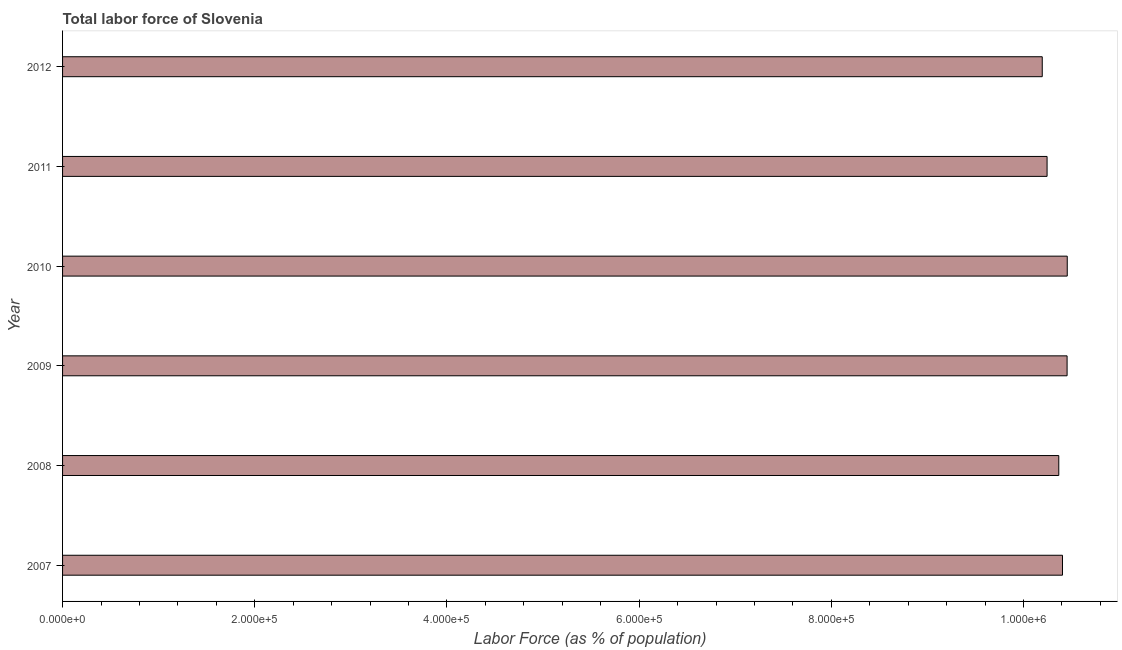
| Year | Labor force |
 | --- | --- |
 | 2007 | 1.04e+06 |
 | 2008 | 1.04e+06 |
 | 2009 | 1.05e+06 |
 | 2010 | 1.05e+06 |
 | 2011 | 1.02e+06 |
 | 2012 | 1.02e+06 |